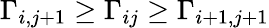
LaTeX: \Gamma_{i,j+1}\geq\Gamma_{ij}\geq\Gamma_{i+1,j+1}